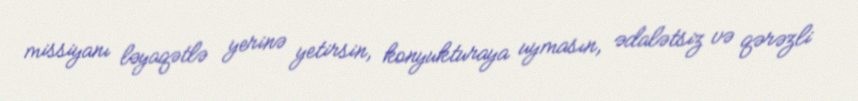
missiyanı ləyaqətlə yerinə yetirsin, konyukturaya uymasın, ədalətsiz və qərəzli